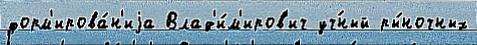
форм'ирова́н'иjа Влад'и́м'иров'ич уч́ный ры́ночных